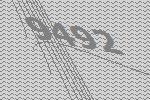
9492